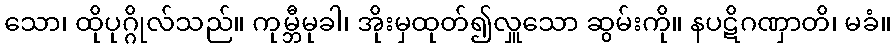
သော၊ ထိုပုဂ္ဂိုလ်သည်။ ကုမ္ဘီမုခါ၊ အိုးမှထုတ်၍လှူသော ဆွမ်းကို။ နပဋိဂဏှာတိ၊ မခံ။